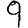
Digit: 9